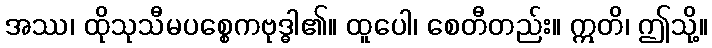
အဿ၊ ထိုသုသီမပစ္စေကဗုဒ္ဓါ၏။ ထူပေါ၊ စေတီတည်း။ ဣတိ၊ ဤသို့။